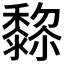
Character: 𱋵